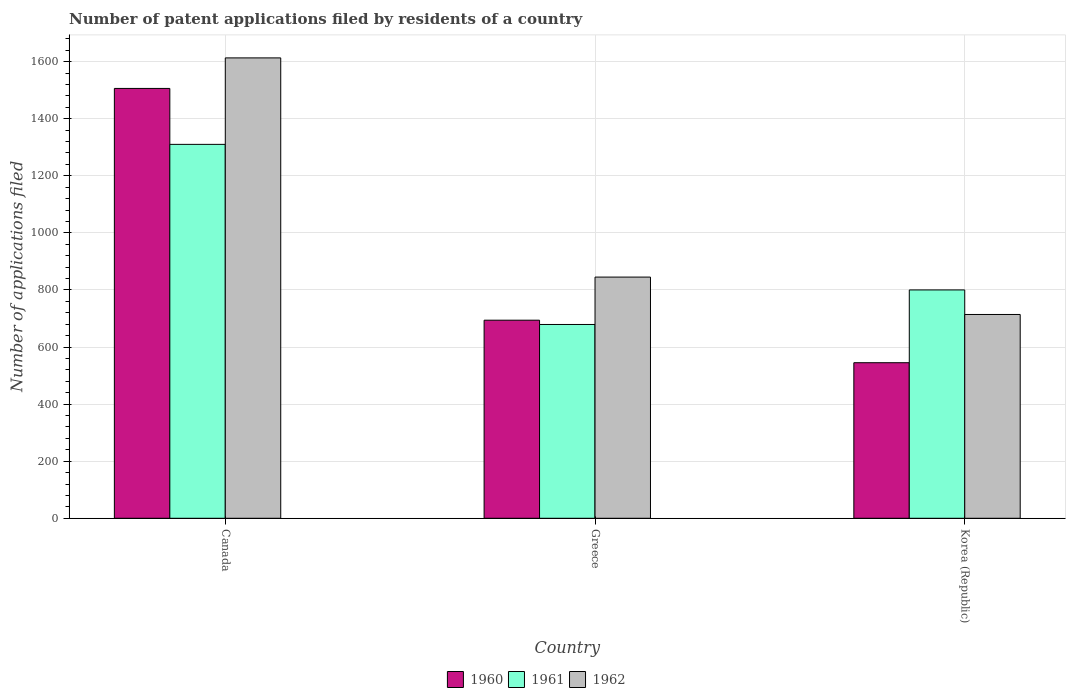
| Country | 1960 | 1961 | 1962 |
 | --- | --- | --- | --- |
 | Canada | 1.51e+03 | 1.31e+03 | 1.61e+03 |
 | Greece | 694 | 679 | 845 |
 | Korea (Republic) | 545 | 800 | 714 |